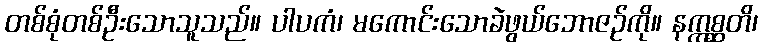
တစ်စုံတစ်ဦးသောသူသည်။ ပါပကံ၊ မကောင်းသောခဲဖွယ်ဘောဇဉ်ကို။ နဣစ္ဆတိ၊